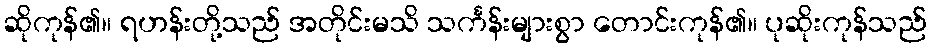
ဆိုကုန်၏။ ရဟန်းတို့သည် အတိုင်းမသိ သင်္ကန်းများစွာ တောင်းကုန်၏။ ပုဆိုးကုန်သည်